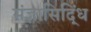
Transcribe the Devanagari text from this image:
संज्ञासिद्धिं